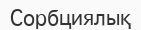
Сорбциялық